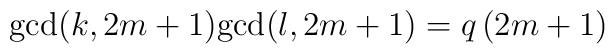
{\rm gcd}(k,2m+1){\rm gcd}(l,2m+1)=q\, (2m+1)